Leaving Certificate Examination (including Day School Certificate (Higher) General paper), 1931
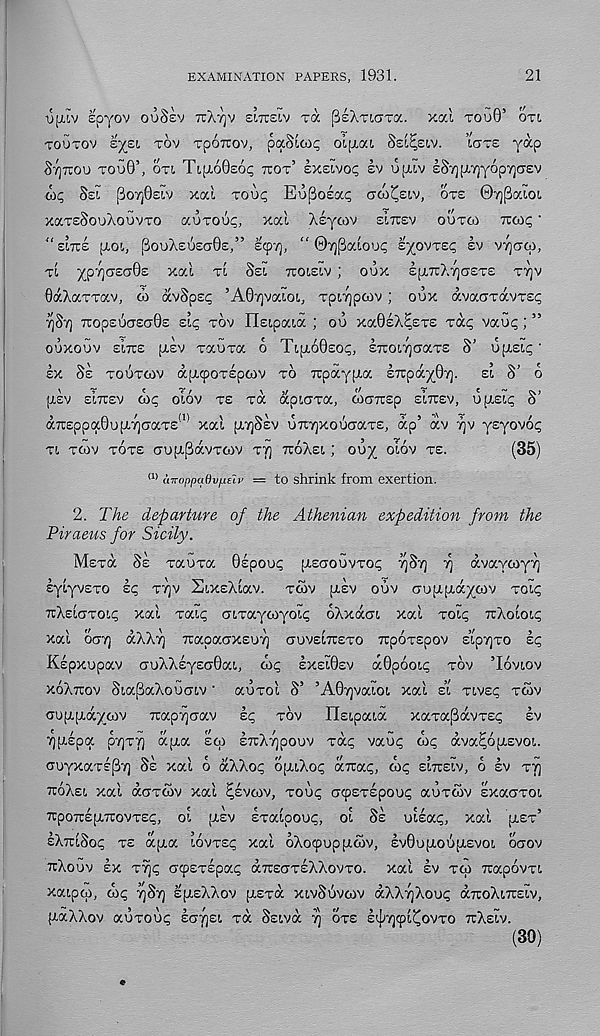
EXAMINATION PAPERS, 1931.
21
ijij.lv spyov OUSEV
SLTCELV TOC SsXTLara. xal TOUO’ OTI
TOUTOV s^et, TOV TpoTtov, paStax; oiptat, SSL^ELV.
ICTTE y^P
^-/jTrou TOU0’, OTI Tipi60e6^ TTOT’ exsivop EV U;JJV IST][XTjyop^CTEv
lie, Ssi po7)0£iv xal TOU<; Eu[3oEat; aco^eiv, OTE 07)j3aloL
xaTsSouAouvTO auxout;, xal Asycov ELTCEV OUTOI Ttoit;'
“ SITE [JOI, pouX£UEa0£,” Ecpv), “ 0y)j3alou? E/OVTE^ EV v/jaw,
TI )(p7)(TSC70S xal TL SEI TTOIEIV ; OUX EJJ7TX7](7£T£ T7]V
QaXarTav, co avSpst; ’AOTjvalo!., TpiTjpcov ; oux avaardvrs^
^Srj 7top£ucr£ci0E sic; TOV Hsipaia ; ou xaOsX^ETS Tat; vauq; ”
ouxouv EITTE [XEV TauTa 6 TIJJOOEOI;, ETUXTjcraTS S’ upLEit; ‘
lx SE TOUTCOV dpiqjOTEpojv TO TUpaypia £7rpd)(0y).
EI S’ 6
(JEV EITTEV OX; olov TE Ta dpicrTa, oiaTcsp EITTEV, upislt; S’
dTCppa0ufi.7]craT£ !I! xal [JTJSEV U7i'7]xouaraT£, dp’ dv YJV ysyovot;
Tl TWV TOTE OUfXpdvTCOV TV] TToXsi J OU^ OlOV TE.
(35)
(1> cnroppaflvLielv
to shrink from exertion.
2. The departure of the Athenian expedition from the
Piraeus for Sicily.
MsTa SE TauTa ©spouc; [xsaouvTOt; 7)Sy] f] dvayoiyy]
sylyvsTO E<; Tyv SixsAlav. TCOV ptsv OUV a-uaijdyojv TOI<;
TUXEICTTOLI; xal Talc; aiTayoiyoic; oXxdai xal TOIC; TTXOIOIC;
Xal 007) dXXT] TUapaaXEUT) OUVSITTETO TCpOTEpOV £’lp7)T0 £<;
Kspxupav ouXXEyECi0at., dx; EXEIOEV d0poot.<; TOV ’IOVIOV
XOXTTOV SiajBaXouoLV • auTol S’ ’A07)valoi. xal EL TLVEC; TCOV
oupLpLdy^ojv Tcapyjaav E^ TOV IlELpaia xaTa^avTSt; EV
TjpLEpa p7)T7) dpia ECU ETTXTJPOUV Tat; vauc; d)^ dva^ojJEvoL.
ouyxaTEpy) SE xal d dXXot; O[JLXO(; dirat;, dx; ELXELV, d EV TTJ
XOXEL xal daTWv xal ^svcov, TOUC; ocpsTEpout; auToiv sxaoTOL
TrpoTTEfXTcovTEi;, ol [JEV ETalpout;, OL SE uLEat;, xal [JET’
EXTTLSOI; TE djja LOVTEC; xal 0X0909^1^, EV0U[JOU[J£VOL ocrov
xXouv EX T% a9ET£pat; drcsoTEXXovTO. xal EV TCO TtapdvTL
xaipoi, dx; j)S7) EJJEXXOV [XETOC XIVSUVCOV dXXTjXout; aTtoXiTCEiv,
{JaXXov auTodt; EOTJEL Ta Ssivd 7) OTE EIJ;7]9L(IOVTO TTXELV.
(30)